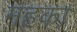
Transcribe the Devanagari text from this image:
महका